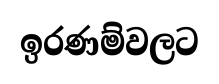
ඉරණම්වලට